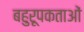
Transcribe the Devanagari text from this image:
बहुरूपकताओं